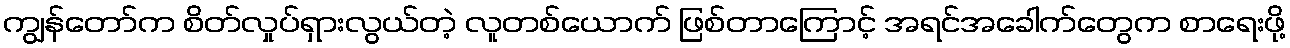
ကျွန်တော်က စိတ်လှုပ်ရှားလွယ်တဲ့ လူတစ်ယောက် ဖြစ်တာကြောင့် အရင်အခေါက်တွေက စာရေးဖို့